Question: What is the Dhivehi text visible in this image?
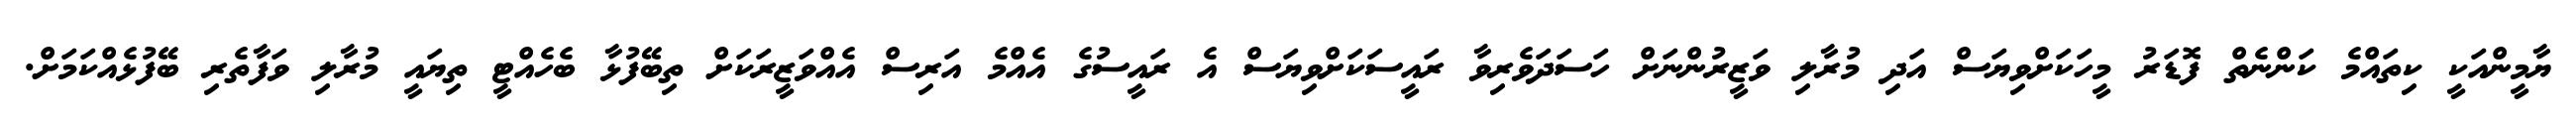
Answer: ޔާމީންއަކީ ކިތައްމެ ކަންނެތް ފޮޑަރު މީހަކަށްވިޔަސް އަދި މުރާލި ވަޒީރުންނަށް ހަސަދަވެރިވާ ރައީސަކަށްވިޔަސް އެ ރައީސުގެ އެއްމެ އަރިސް އެއްވަޒީރަކަށް ތިބޭފުޅާ ބެހެއްޓީ ތިޔައީ މުރާލި ވަފާތެރި ބޭފުޅެއްކަމަށް.